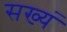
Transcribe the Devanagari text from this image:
सख्यं